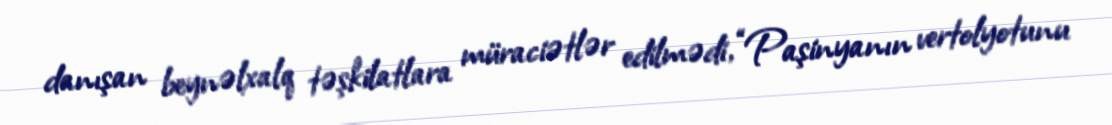
danışan beynəlxalq təşkilatlara müraciətlər edilmədi, “Paşinyanın vertolyotunu